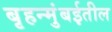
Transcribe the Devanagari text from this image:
बृहन्मुंबईतील